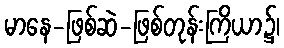
မာနေ-ဖြစ်ဆဲ-ဖြစ်တုန်းကြိယာ၌၊